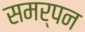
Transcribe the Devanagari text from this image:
समर्पन